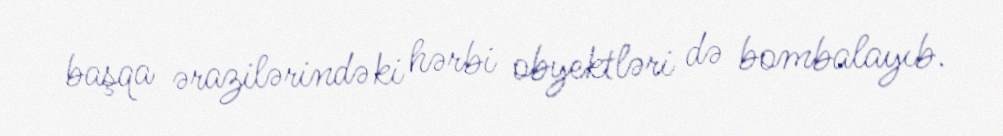
başqa ərazilərindəki hərbi obyektləri də bombalayıb.